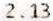
2.13